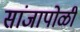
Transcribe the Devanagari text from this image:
सांजापोळी